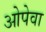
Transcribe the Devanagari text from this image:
ओपेवा